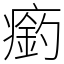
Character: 瘹